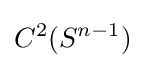
C^{2}(S^{n-1})